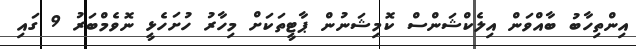
އިންތިހާބު ބާއްވަން އިލެކްޝަންސް ކޮމިޝަނުން ޕާޓީތަކަށް މިހާރު ހުށަހެޅީ ނޮވެމްބަރު 9 ގައި